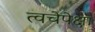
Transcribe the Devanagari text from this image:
त्वचेपेक्षा